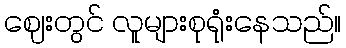
ဈေးတွင် လူများစုရုံးနေသည်။